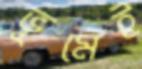
ভূমেই